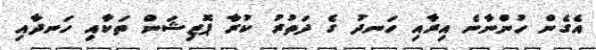
އެގެން ހުންނާނެ އިރާއި ހަނދު ގެ ދަތުރު ކުރާ ޕޮޒިޝަން ތަކާއި ހަނދާއި